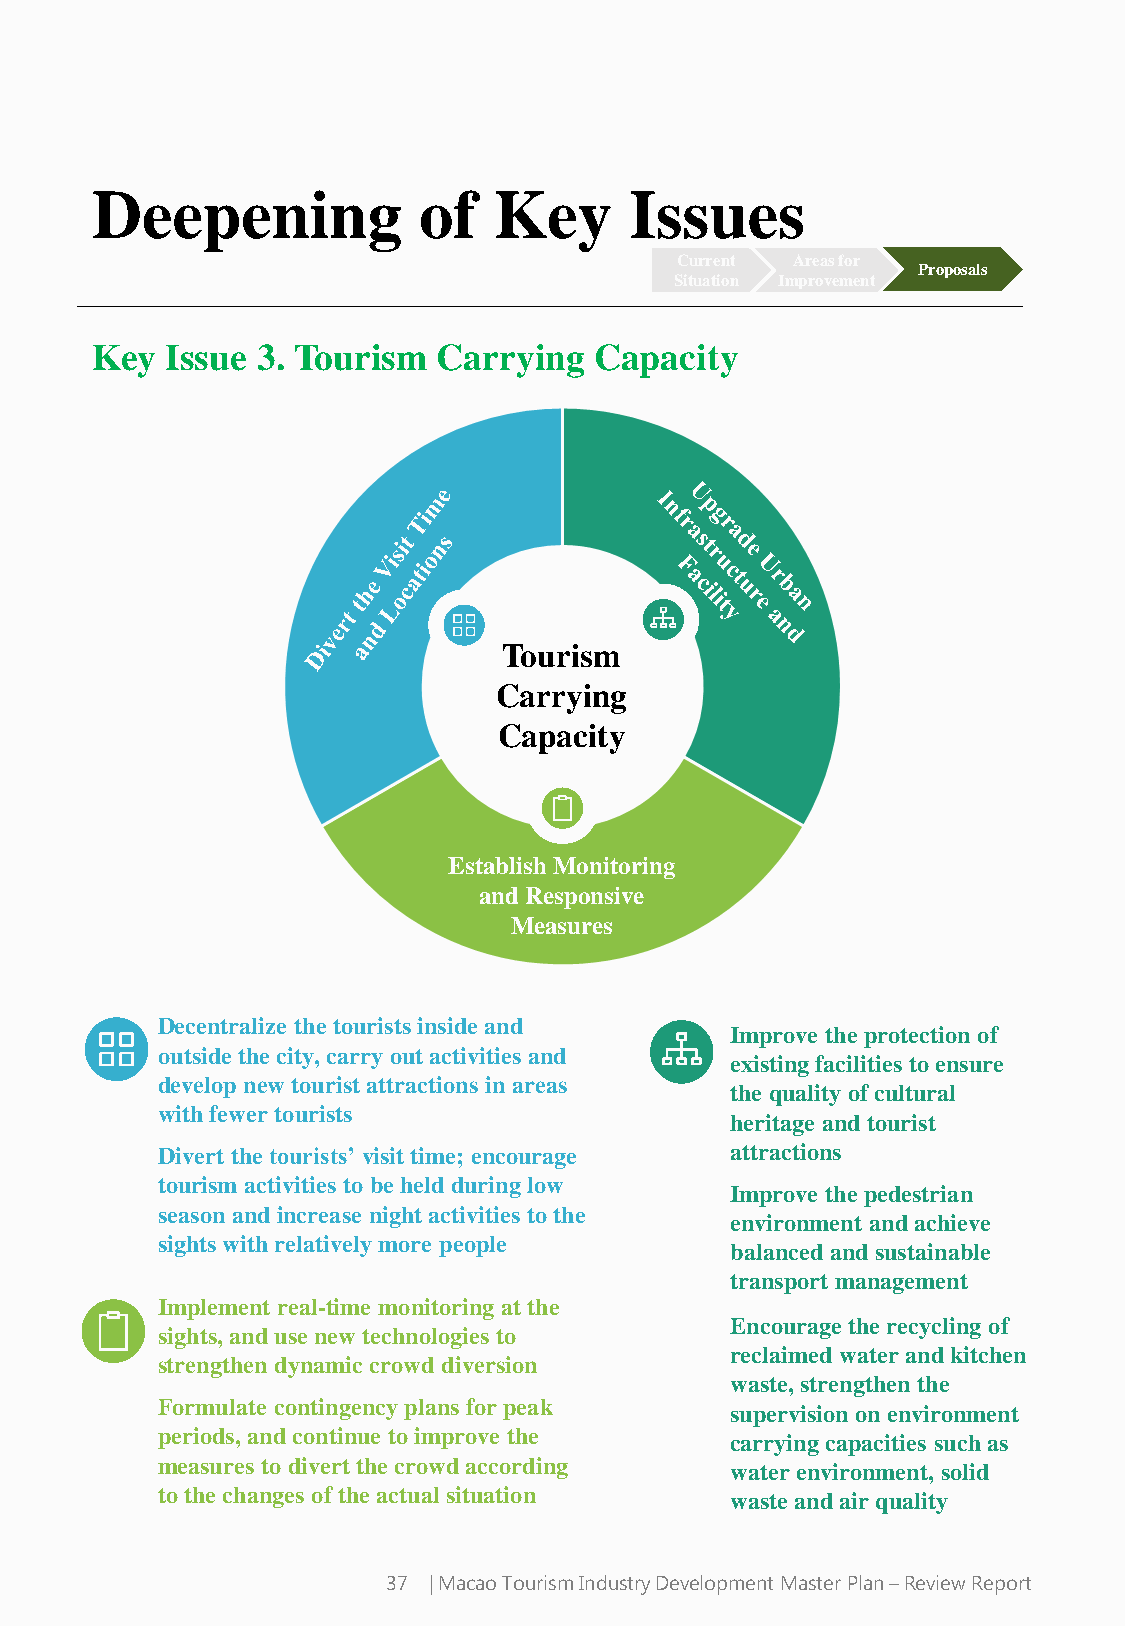
Deepening             of   Key      Issues
 Current Areas for
 Proposals
 Situation Improvement
 Key  Issue 3. Tourism  Carrying  Capacity
 Tourism
 Carrying
 Capacity
 Establish Monitoring
 and Responsive
 Measures
 Decentralize the tourists inside and
 Improve the protection of
 outside the city, carry out activities and
 existing facilities to ensure
 develop new tourist attractions in areas
 the quality of cultural
 with fewer tourists
 heritage and tourist
 Divert the tourists’ visit time; encourage attractions
 tourism activities to be held during low
 Improve the pedestrian
 season and increase night activities to the
 environment and achieve
 sights with relatively more people
 balanced and sustainable
 transport management
 Implement real-time monitoring at the
 Encourage the recycling of
 sights, and use new technologies to
 reclaimed water and kitchen
 strengthen dynamic crowd diversion
 waste, strengthen the
 Formulate contingency plans for peak
 supervision on environment
 periods, and continue to improve the
 carrying capacities such as
 measures to divert the crowd according
 water environment, solid
 to the changes of the actual situation
 waste and air quality
 37 | Macao Tourism Industry Development Master Plan –Review Report